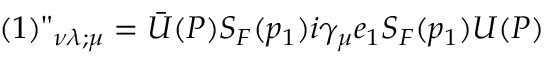
( 1 ) " _ { \nu \lambda ; \mu } = { \bar { U } } ( P ) S _ { F } ( p _ { 1 } ) i \gamma _ { \mu } e _ { 1 } S _ { F } ( p _ { 1 } ) U ( P )